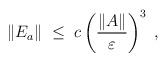
LaTeX: \begin{align*}\|E_a\| \;\leq\; c \left( \frac{\|A\|}{\varepsilon} \right)^3 \;,\end{align*}